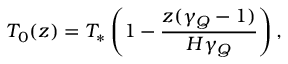
T _ { 0 } ( z ) = T _ { * } \left( 1 - \frac { z ( \gamma _ { Q } - 1 ) } { H \gamma _ { Q } } \right) ,